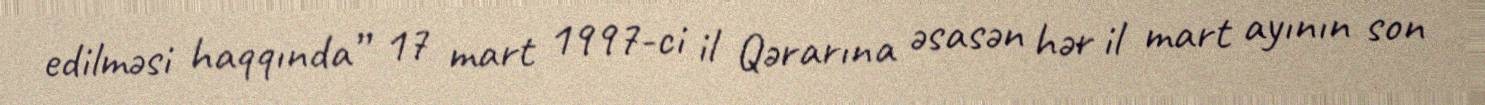
edilməsi haqqında” 17 mart 1997-ci il Qərarına əsasən hər il mart ayının son